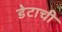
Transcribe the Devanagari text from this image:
डेटाची